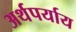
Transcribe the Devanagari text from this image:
अर्थपर्याय